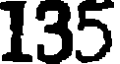
135